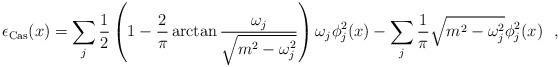
\begin{align*}\epsilon_{\rm Cas}(x)=\sum_j \frac{1}{2} \left( 1 - \frac{2}{\pi} \arctan\frac{\omega_j}{\sqrt{m^2- \omega_j^2}} \right)\omega_j\phi^2_{j}(x)-\sum_j\frac{1}{\pi}\sqrt{m^2-\omega^2_{j}}\phi_{j}^2(x) \ \ , \end{align*}